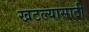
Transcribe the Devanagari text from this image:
खटल्यासाठी